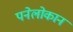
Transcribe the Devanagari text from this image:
पनेलोकान